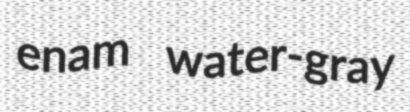
enam water-gray